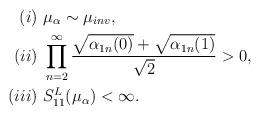
LaTeX: \begin{align*}(i)&\,\,\mu_\alpha\sim\mu_{inv},\\(ii)&\,\,\prod_{n=2}^\infty\frac{\sqrt{\alpha_{1n}(0)}+\sqrt{\alpha_{1n}(1)}}{\sqrt{2}}>0,\\(iii)&\,\, S_{11}^L(\mu_\alpha)<\infty.\end{align*}